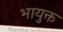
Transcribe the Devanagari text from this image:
भायुक्त